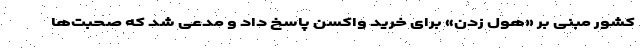
کشور مبنی بر «هول زدن» برای خرید واکسن پاسخ داد و مدعی شد که صحبت‌ها